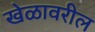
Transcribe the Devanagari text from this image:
खेळावरील